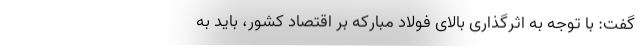
گفت: با توجه به اثرگذاری بالای فولاد مبارکه بر اقتصاد کشور، باید به